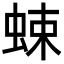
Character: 𧋐